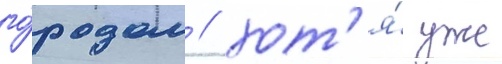
го́родом / хот'я́ уже